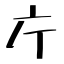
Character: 庁